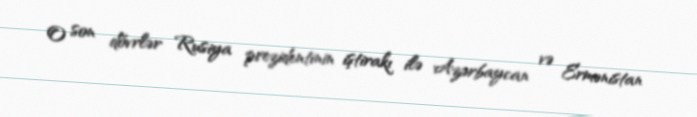
O son dövrlər Rusiya prezidentinin iştirakı ilə Azərbaycan və Ermənistan